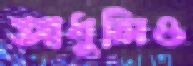
আধুলিও